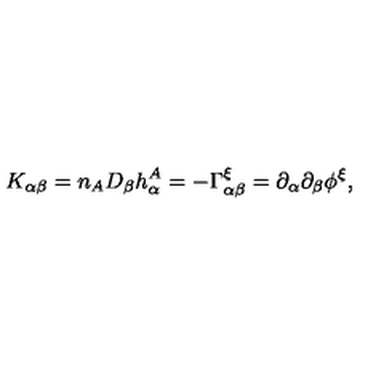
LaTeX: K _ { \alpha \beta } = n _ { A } D _ { \beta } h _ { \alpha } ^ { A } = - \Gamma _ { \alpha \beta } ^ { \xi } = \partial _ { \alpha } \partial _ { \beta } \phi ^ { \xi } ,